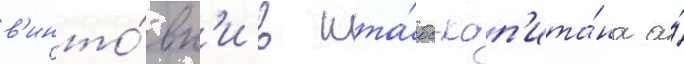
в'инто́вк'и в шта́бс-кап'ита́на а́